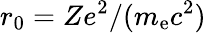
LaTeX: r_{0}=Ze^{2}/(m_{\mathrm{e}}c^{2})